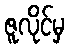
ဇူလိုင်မှ